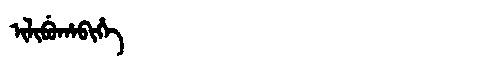
Manchu: ᡳᠯᡳᠪᡠᡥᠠᠪᡳᡥᡝ
Romanization: ILIBUHABIHE